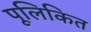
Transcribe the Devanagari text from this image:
पूलिकित